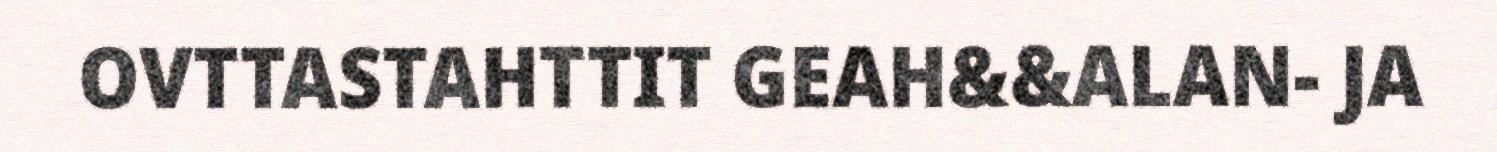
OVTTASTAHTTIT GEAH&&ALAN- JA